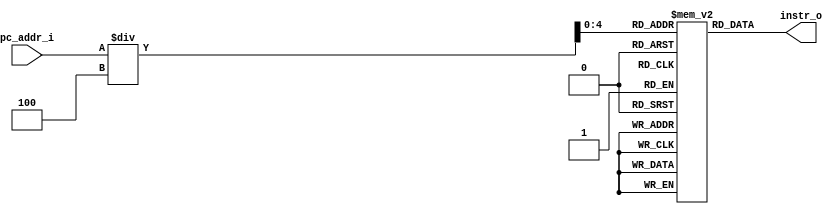
module Instr_Memory (
           pc_addr_i,
           instr_o
       );

//I/O ports
input [32-1:0] pc_addr_i;
output [32-1:0] instr_o;

//Internal Signals
reg     [32-1:0] instr_o;
integer          i;

//32 words Memory
reg     [32-1:0] Instr_Mem[32];

//Parameter

//Main function
always @(pc_addr_i)
begin
    instr_o = Instr_Mem[pc_addr_i/4];
end

//Initial Memory Contents
initial
begin
    for (i = 0; i < 32; i = i + 1) Instr_Mem[i] = 32'b0;

end
endmodule